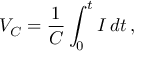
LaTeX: V _ { C } = { \frac { 1 } { C } } \int _ { 0 } ^ { t } I \, d t \, ,